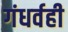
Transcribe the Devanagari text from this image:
गंधर्वही